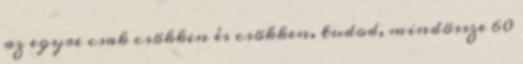
az egyre csak csökken és csökken. tudod, mindössze 60